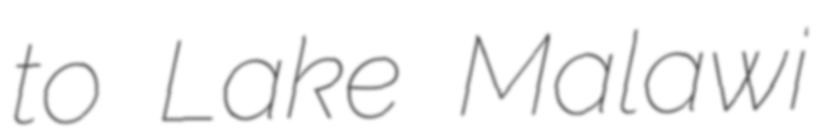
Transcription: to Lake Malawi